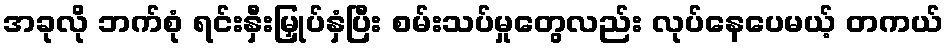
အခုလို ဘက်စုံ ရင်းနှီးမြှုပ်နှံပြီး စမ်းသပ်မှုတွေလည်း လုပ်နေပေမယ့် တကယ်